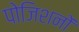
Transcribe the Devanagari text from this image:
पोजिशनों